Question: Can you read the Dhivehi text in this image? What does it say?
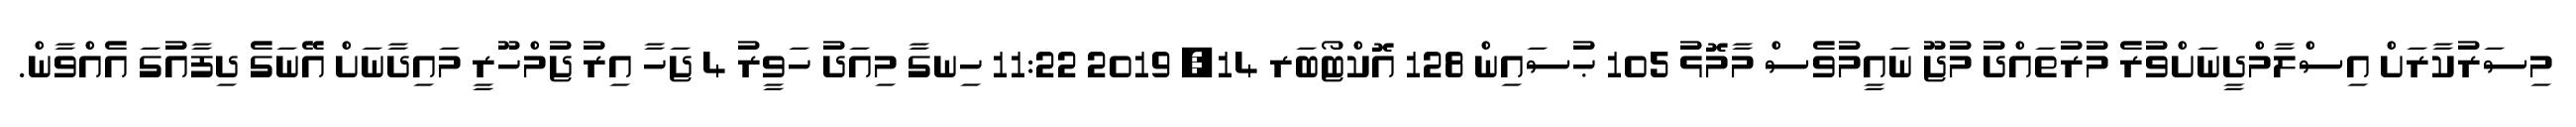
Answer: މިސަރުކާރަށް އިސްލާމްދީނަށްވުރެ މުރުތައްދު މުޖޫ ނައީމުވެސް މާމޮޅު 105 ޙުސައިން 128 އޮކްޓޯބަރ 14, 2019 11:22 ހިނގާ މިއަދު ހަވީރު 4 ޖަހާ އިރު ޖުމްހޫރީ މައިދާނަށް އޭނަގެ ދިފާއުގަ އެއްވާން.